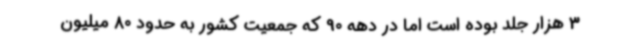
3 هزار جلد بوده است اما در دهه 90 که جمعیت کشور به حدود 80 میلیون